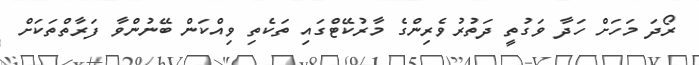
ރޯދަ މަހަށް ހަދާ ވަގުތީ ދަތުރުވެރިންގެ މާރުކޭޓްގައި ތަކެތި ވިއްކަން ބޭނުންވާ ފަރާތްތަކަށް